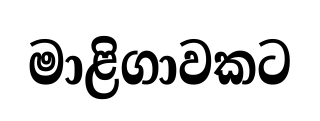
මාළිගාවකට